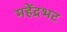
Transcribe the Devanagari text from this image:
महेंद्रभट